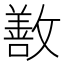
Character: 敾